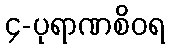
၄-ပုရာဏစိဝရ